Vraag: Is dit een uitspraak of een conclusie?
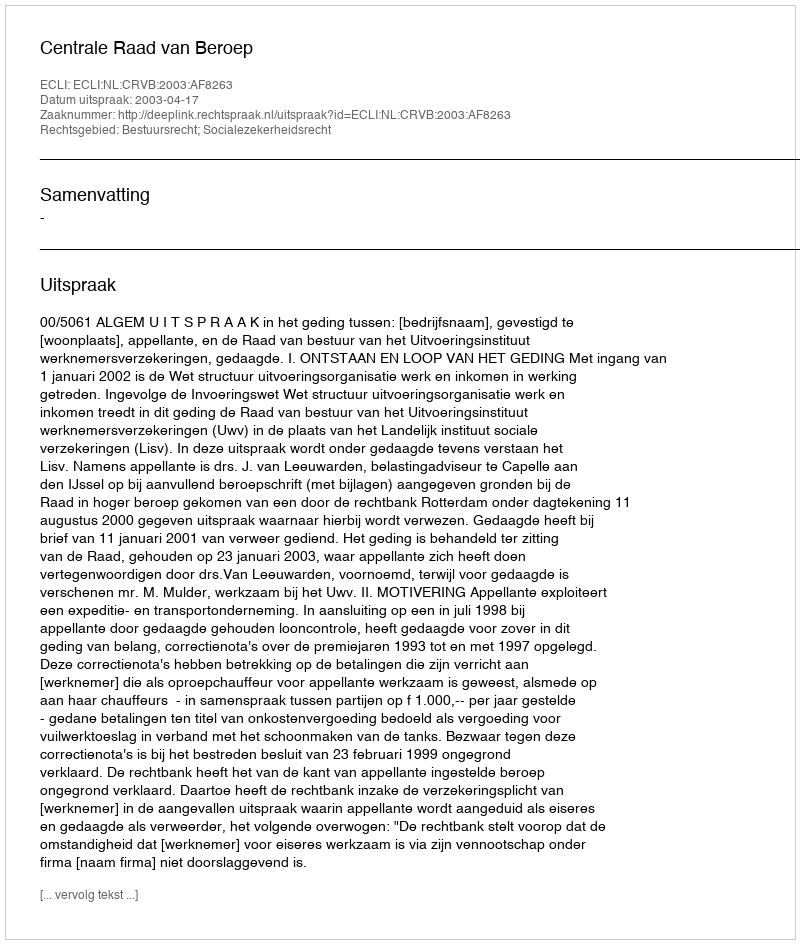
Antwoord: Uitspraak